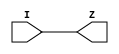
`timescale 1ns/1ps


module DigitalCore_DELAY_CELL_800PS (I, Z);

    input wire I;
    output wire Z;
    reg I_delayed;
    
    always @(*) begin
        I_delayed <= #(0.4) I;
    end

    assign Z = I_delayed;
endmodule